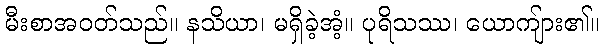
မီးစာအဝတ်သည်။ နသိယာ၊ မရှိခဲ့အံ့။ ပုရိသဿ၊ ယောကျ်ား၏။